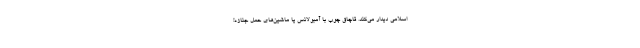
اسلامی دیدار می‌کند. قاچاق چوب با آمبولانس یا ماشین‌های حمل جنازه!